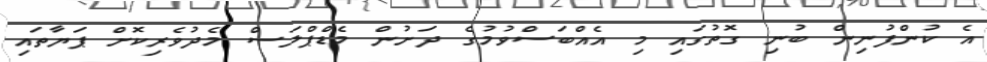
އެ ކުންފުނިން ބުނި ގޮތުގައި މި އެއްބަސްވުމުގެ ދަށުން މެޑްޕްލަސް މެދުވެރިކޮށް ޕަޔާތައި